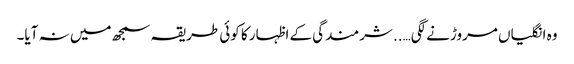
وہ انگلیاں مروڑنے لگی…..شرمندگی کے اظہار کا کوئی طریقہ سمجھ میں نہ آیا۔